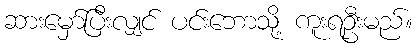
ဆားမှော်ပြီးလျှင် ပင်းဘောသို့ ကူးရဦးမည်။